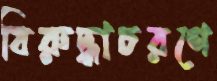
বিরুদ্ধাচরণে